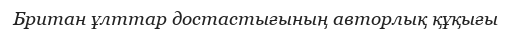
Британ ұлттар достастығының авторлық құқығы